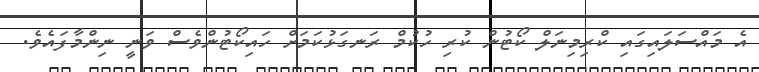
އެ މައްސަލައިގައި ކްރިމިނަލް ކޯޓުން ކުރި ހުކުމް ރަނގަޅުކަމަށް ހައިކޯޓުންވެސް ވަނީ ނިންމާފައެވެ.